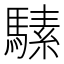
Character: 𱄩